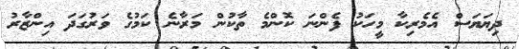
ދިޔަޔަސް އެމެރިކާ މީހަކު ފެންނަ ކޮންމެ ތާކުން މަރާނެ ކަމުގެ ވަރުގަދަ އިންޒާރު